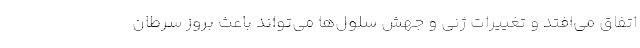
اتفاق می‌افتد و تغییرات ژنی و جهش سلول‌ها می‌تواند باعث بروز سرطان